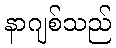
နာဂျစ်သည်